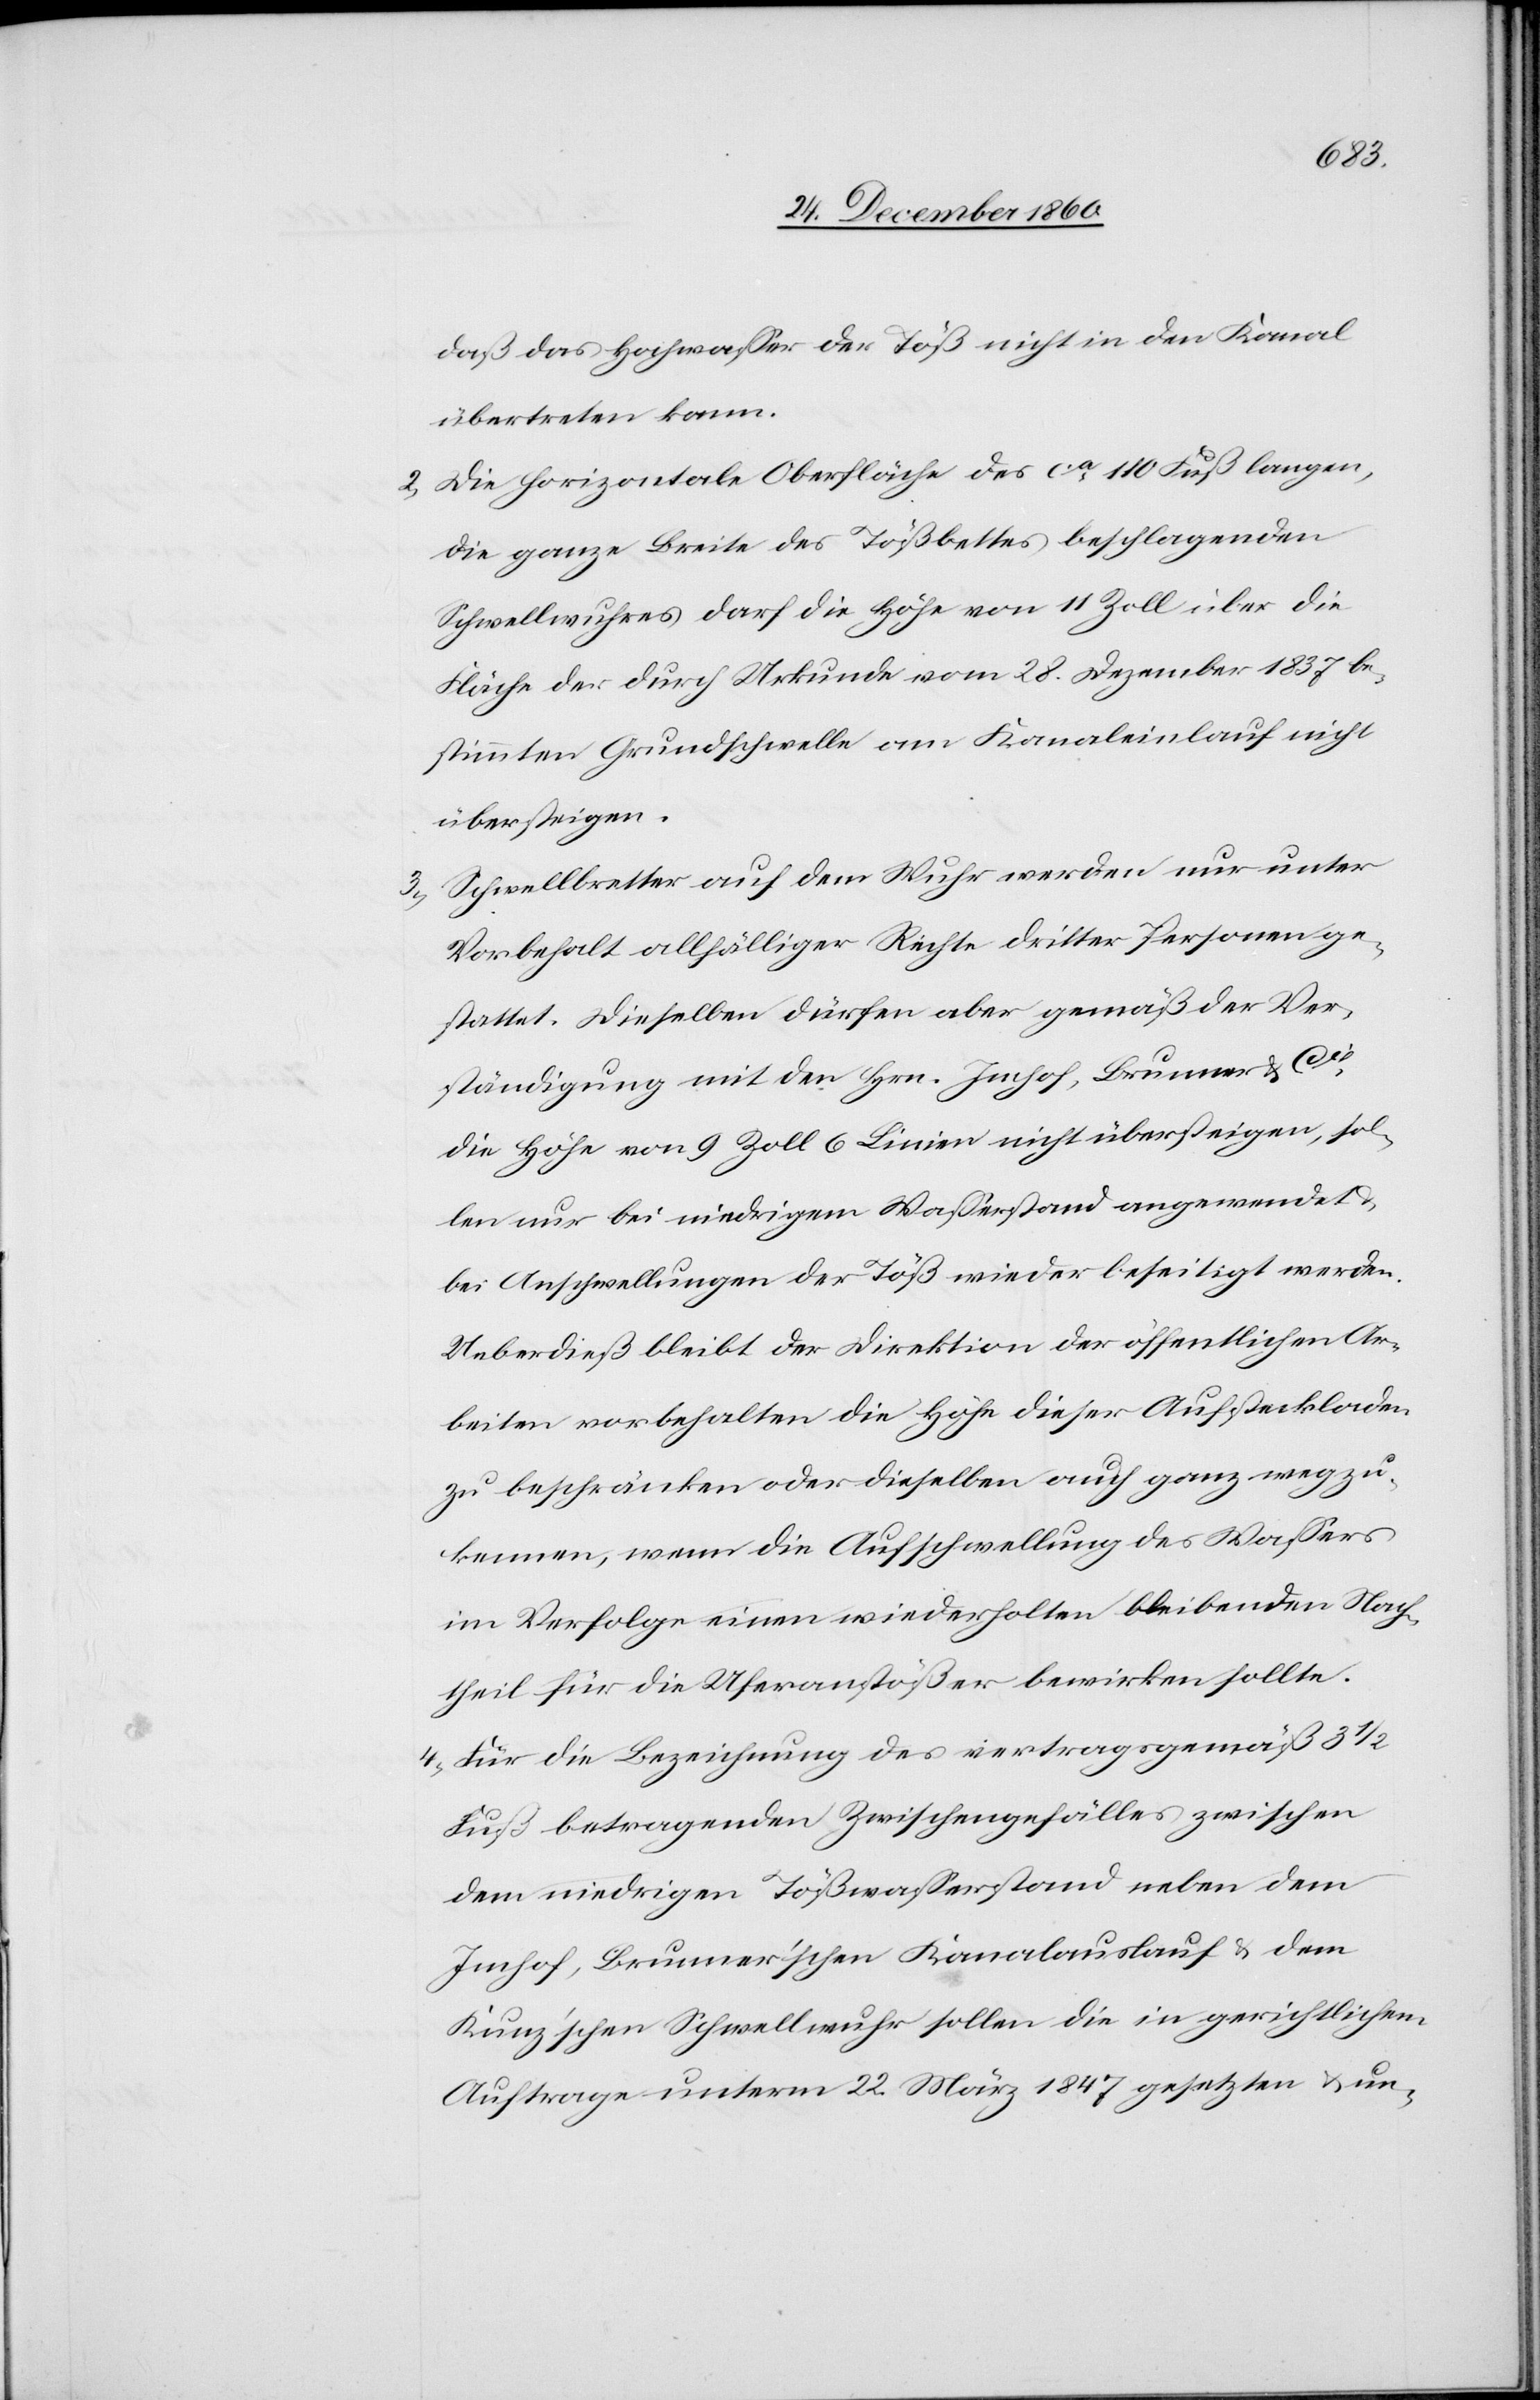
3.

daß das Hochwasser der Töß nicht in den Kanal
übertreten kann.
2. Die horizontale Oberfläche des ca 110 Fuß langen,
die ganze Breite des Tößbettes beschlagenden
Schwellwuhres darf die Höhe von 11 Zoll über die
Fläche der durch Urkunde vom 28. Dezember 1837 be¬
stimmten Grundschwelle am Kanaleinlauf nicht
übersteigen.
Schwellbretter auf dem Wuhr werden nur unter
Vorbehalt allfälliger Rechte dritter Personen ge¬
stattet. Dieselben dürfen aber gemäß der Ver¬
ständigung mit den Hrn. Imhof, Brunner & Cie
die Höhe von 9 Zoll 6 Linien nicht übersteigen, sol¬
len nur bei niedrigem Wasserstand angewendet
bei Anschwellungen der Töß wieder beseitigt werden.
Ueberdieß bleibt der Direktion der öffentlichen Ar¬
beiten vorbehalten die Höhe dieser Aufsteckladen
zu beschränken oder dieselben auch ganz wegzu¬
kennen, wenn die Aufschwellung des Wassers
im Verfolge einen wiederholten bleibenden Nach¬
theil für die Uferanstößer bewirken sollte.
4. Für die Bezeichnung des vertragsgemäß 3
Fuß betragenden Zwischengefälles zwischen
dem niedrigen Tößwasserstand neben dem
Imhof, Brunner’schen Kanalauslauf u. dem
Kunz’schen Schwellwuhr sollen die in gerichtlichem
Auftrage unterm 22. März 1847 gesetzten u. un-